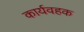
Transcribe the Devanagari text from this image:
कार्यवहक